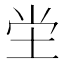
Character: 坣